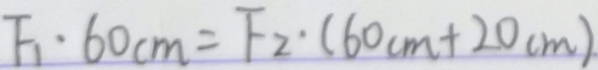
F _ { 1 } \cdot 6 0 c m = F _ { 2 } \cdot ( 6 0 c m + 2 0 c m )